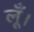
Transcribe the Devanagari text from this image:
लूँ।